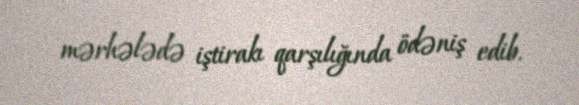
mərhələdə iştirakı qarşılığında ödəniş edib.